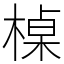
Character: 槕